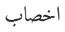
اخصاب